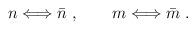
LaTeX: \begin{align*}n \Longleftrightarrow \bar n \ , \qquad m \Longleftrightarrow \bar m \ .\end{align*}